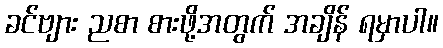
ခင်ဗျား ညစာ စားဖို့အတွက် အချိန် ရမှာပါ။